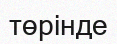
төрінде